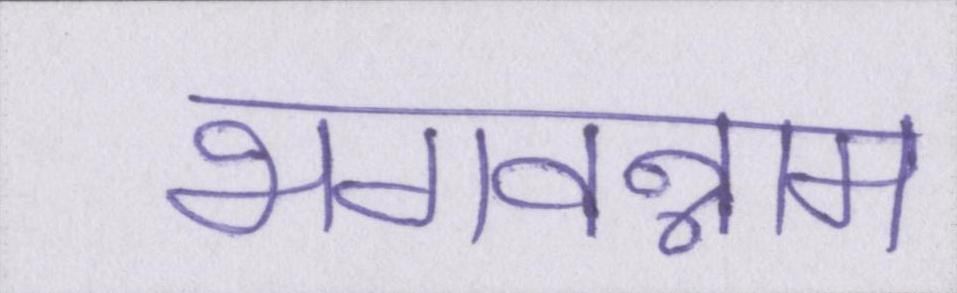
भगवन्नाम